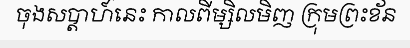
ចុងសប្តាហ៍នេះ កាលពីម្សិលមិញ ក្រុមព្រះខ័ន